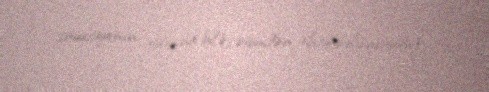
situasiyanın yarana biləcəyindən ehtiyatlanırsınız.